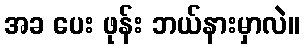
အခ ပေး ဖုန်း ဘယ်နားမှာလဲ။